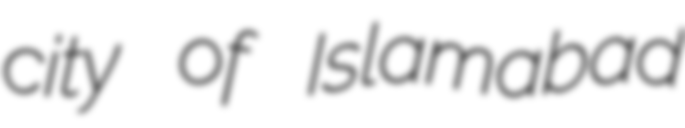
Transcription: city of Islamabad